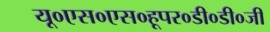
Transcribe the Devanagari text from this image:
यू०एस०एस०हूपर०डी०डी०जी